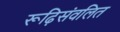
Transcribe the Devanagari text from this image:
रूढ़िसंवलित